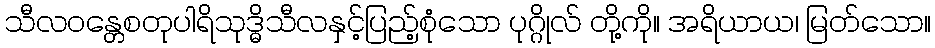
သီလဝန္တေစတုပါရိသုဒ္ဓိသီလနှင့်ပြည့်စုံသော ပုဂ္ဂိုလ် တို့ကို။ အရိယာယ၊ မြတ်သော။